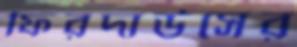
ফিরদাউসের